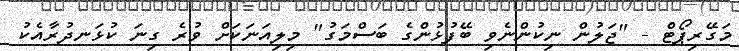
މަގޭރިޕޯޓް - "ޖަލުން ނިކުންނެވި ބޭފުޅުންގެ ބަސްމަގު" މިލިއަނަކަށް ވުރެ ގިނަ ކުޅަނދުރާއެކު